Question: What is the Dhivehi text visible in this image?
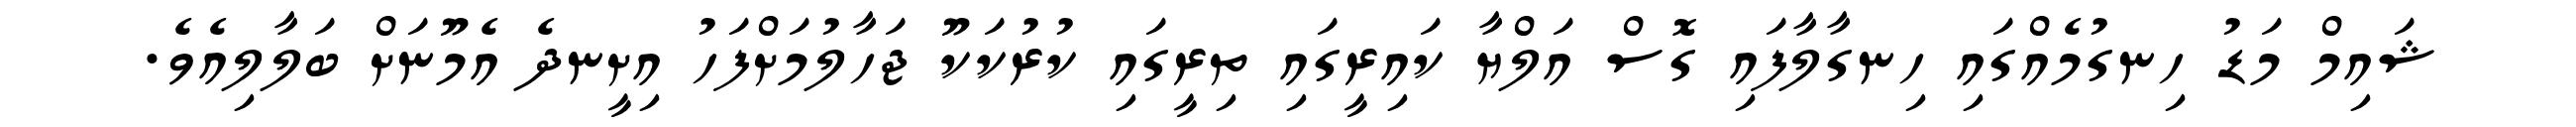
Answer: ޝައިމް މަޑު ހިނގުމެއްގައި ހިނގާލާފައި ގޮސް އަލްޔާ ކައިރީގައި ތިރީގައި ކުރުކަކޫ ޖަހާލުމަށްފަހު އިށީނދެ އެމޫނަށް ބަލާލިއެވެ.